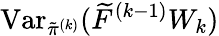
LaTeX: \operatorname{Var}_{\tilde{\pi}^{(k)}}(\widetilde{F}^{(k-1)}W_{k})